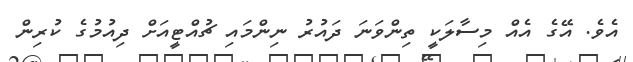
އެވެ. އޭގެ އެއް މިސާލަކީ ތިންވަނަ ދައުރު ނިންމައި ޗުއްޓީއަށް ދިއުމުގެ ކުރިން